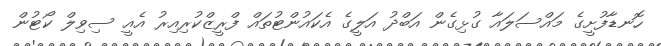
ހޮނޑާފުށީގެ މައްސަލައާ ގުޅިގެން އަބްދު އަލީގެ އެކައުންޓުތައް ފްރީޒްކުރިއިރު އެއީ ސިވިލް ކޯޓުން